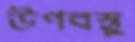
উপবস্তু